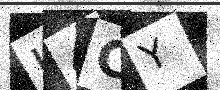
Text: U4CY